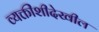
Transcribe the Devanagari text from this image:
व्यक्तींशीदेखील